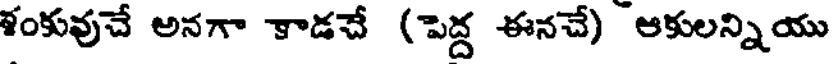
ళంకువుచే అనగా కాడచే (పెద్ద ఈనచే) ఆకులన్నియు